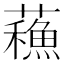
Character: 蘓